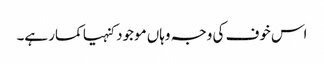
اس خوف کی وجہ وہاں موجود کنہیا کمار ہے۔